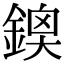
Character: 𨩬